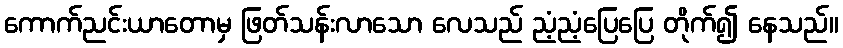
ကောက်ညင်းယာတောမှ ဖြတ်သန်းလာသော လေသည် ညံ့ညံ့ပြေပြေ တိုက်၍ နေသည်။